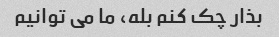
بذار چک کنم بله، ما می توانیم